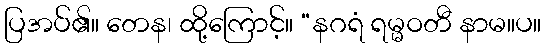
ပြအပ်၏။ တေန၊ ထို့ကြောင့်။ “နဂရံ ရမ္မဝတီ နာမ။ပ။